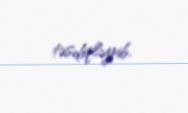
təsdiqləyib.